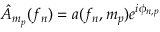
\hat { A } _ { m _ { p } } ( f _ { n } ) = a ( f _ { n } , m _ { p } ) e ^ { i \phi _ { n , p } }